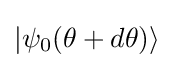
\vert \psi _{0}(\theta +d\theta )\rangle